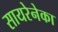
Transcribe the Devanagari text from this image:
सायरेनेका